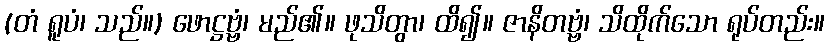
(တံ ရူပံ၊ သည်။) ဖောဋ္ဌဗ္ဗံ၊ မည်၏။ ဖုသိတွာ၊ ထိ၍။ ဇာနိတဗ္ဗံ၊ သိထိုက်သော ရုပ်တည်း။